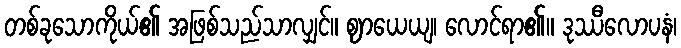
တစ်ခုသောကိုယ်၏ အဖြစ်သည်သာလျှင်။ ဈာယေယျ၊ လောင်ရာ၏။ ဒုဿီလောပနံ၊